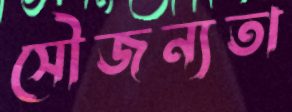
সৌজন্যতা